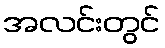
အလင်းတွင်